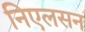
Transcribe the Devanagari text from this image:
निएलसन